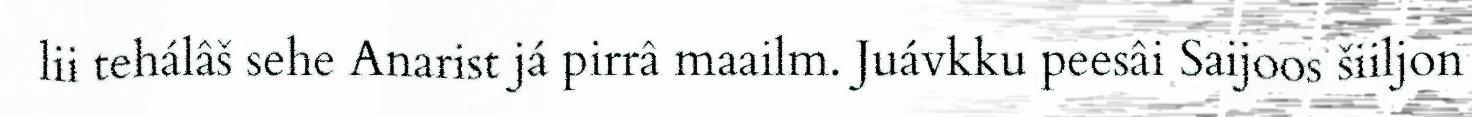
lii tehálâš sehe Anarist já pirrâ maailm. Juávkku peesâi Saijoos šiiljon